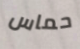
حماس